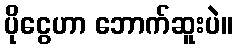
ပိုငွေဟာ ဘောက်ဆူးပဲ။